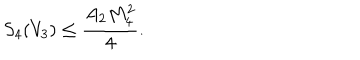
S _ { 4 } ( V _ { 3 } ) \leq \frac { A _ { 2 } M _ { 4 } ^ { 2 } } { 4 } .